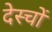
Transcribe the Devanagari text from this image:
देस्चों